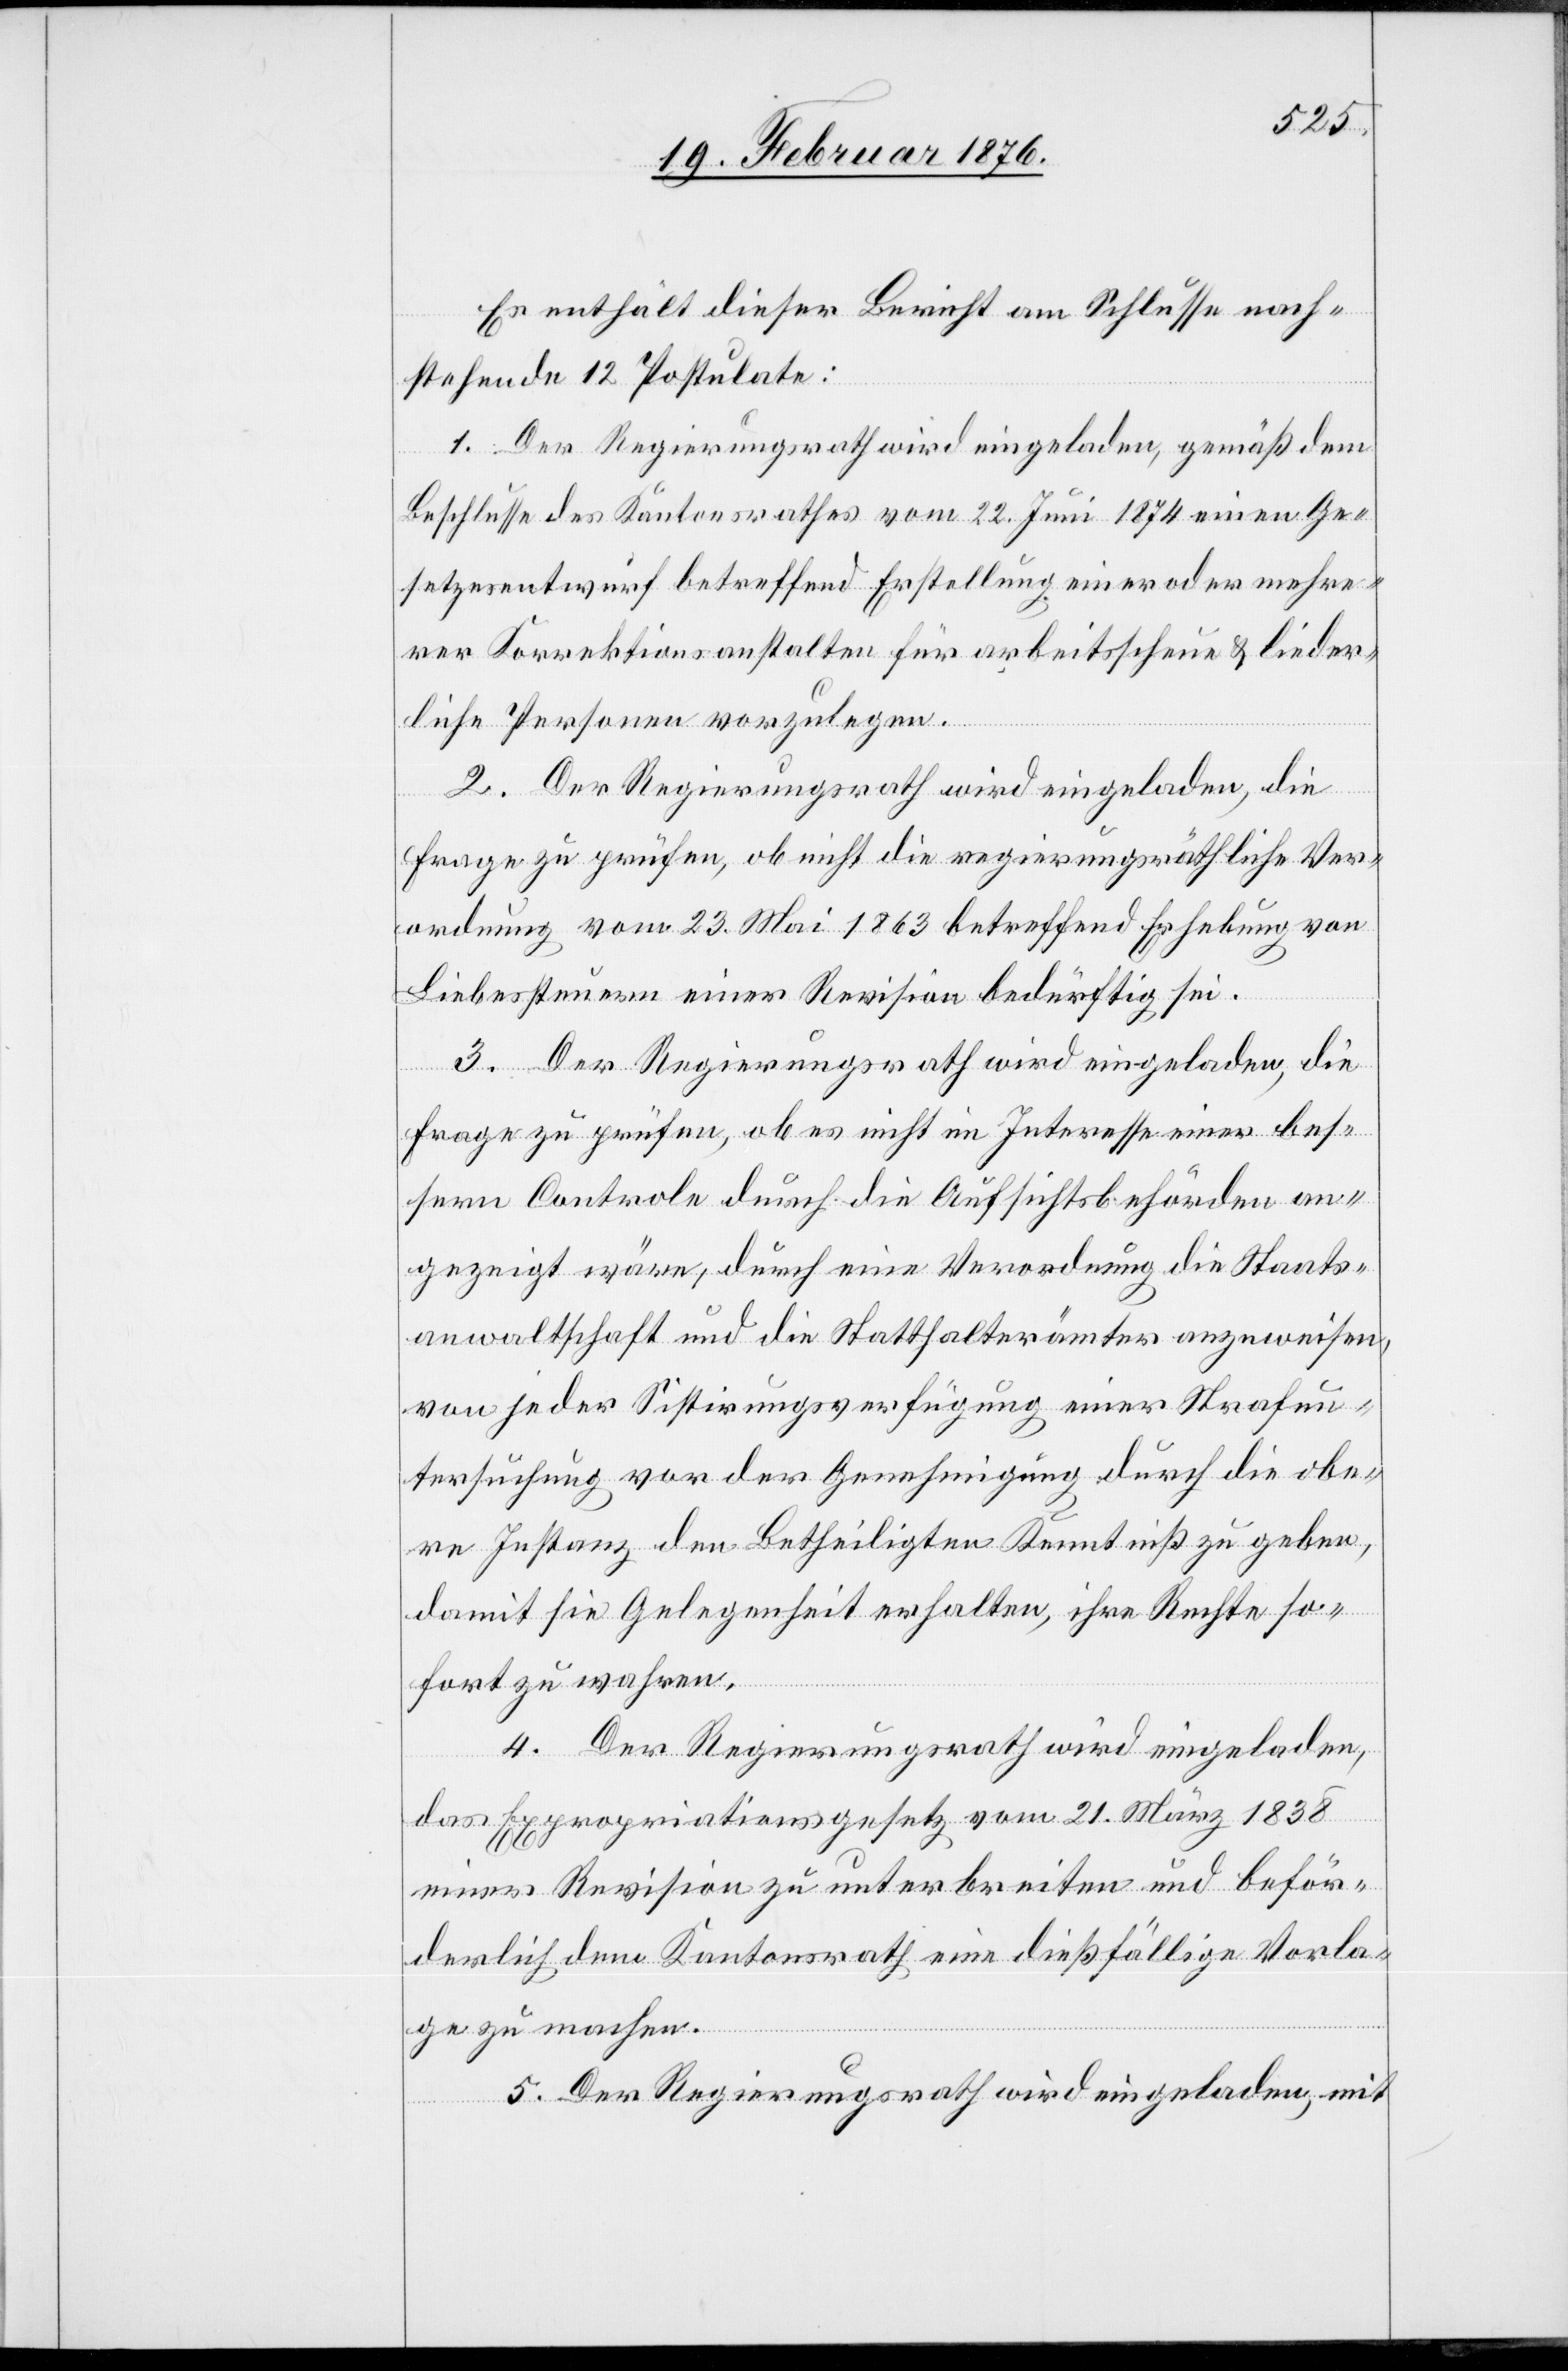
Es enthält dieser Bericht am Schlusse nach¬
stehende 12 Postulate:
1. Der Regierungsrath wird eingeladen, gemäß dem
Beschlusse des Kantonsrathes vom 22. Juni 1874 einen Ge¬
setzesentwurf betreffend Erstellung einer oder mehre¬
rer Korrektionsanstalten für arbeitsscheue & lieder¬
liche Personen vorzulegen.
2. Der Regierungsrath wird eingeladen, die
Frage zu prüfen, ob nicht die regierungsräthliche Ver¬
ordnung vom 23. Mai 1863 betreffend Erhebung von
Liebessteuern einer Revision bedürftig sei.
3. Der Regierungsrath wird eingeladen, die
Frage zu prüfen, ob es nicht im Interesse einer bes¬
sern Controle durch die Aufsichtsbehörden an¬
gezeigt wäre, durch eine Verordnung die Staats¬
anwaltschaft und die Statthalterämter anzuweisen,
von jeder Sistirungsverfügung einer Strafun¬
tersuchung vor der Genehmigung durch die obe¬
re Instanz den Betheiligten Kenntniß zu geben,
damit sie Gelegenheit erhalten, ihre Rechte so¬
fort zu wahren.
4. Der Regierungsrath wird eingeladen,
das Expropriationsgesetz vom 21. März 1838
einer Revision zu unterbreiten und beför¬
derlich dem Kantonsrath eine dießfällige Vorla¬
ge zu machen.
5. Der Regierungsrath wird eingeladen, mit